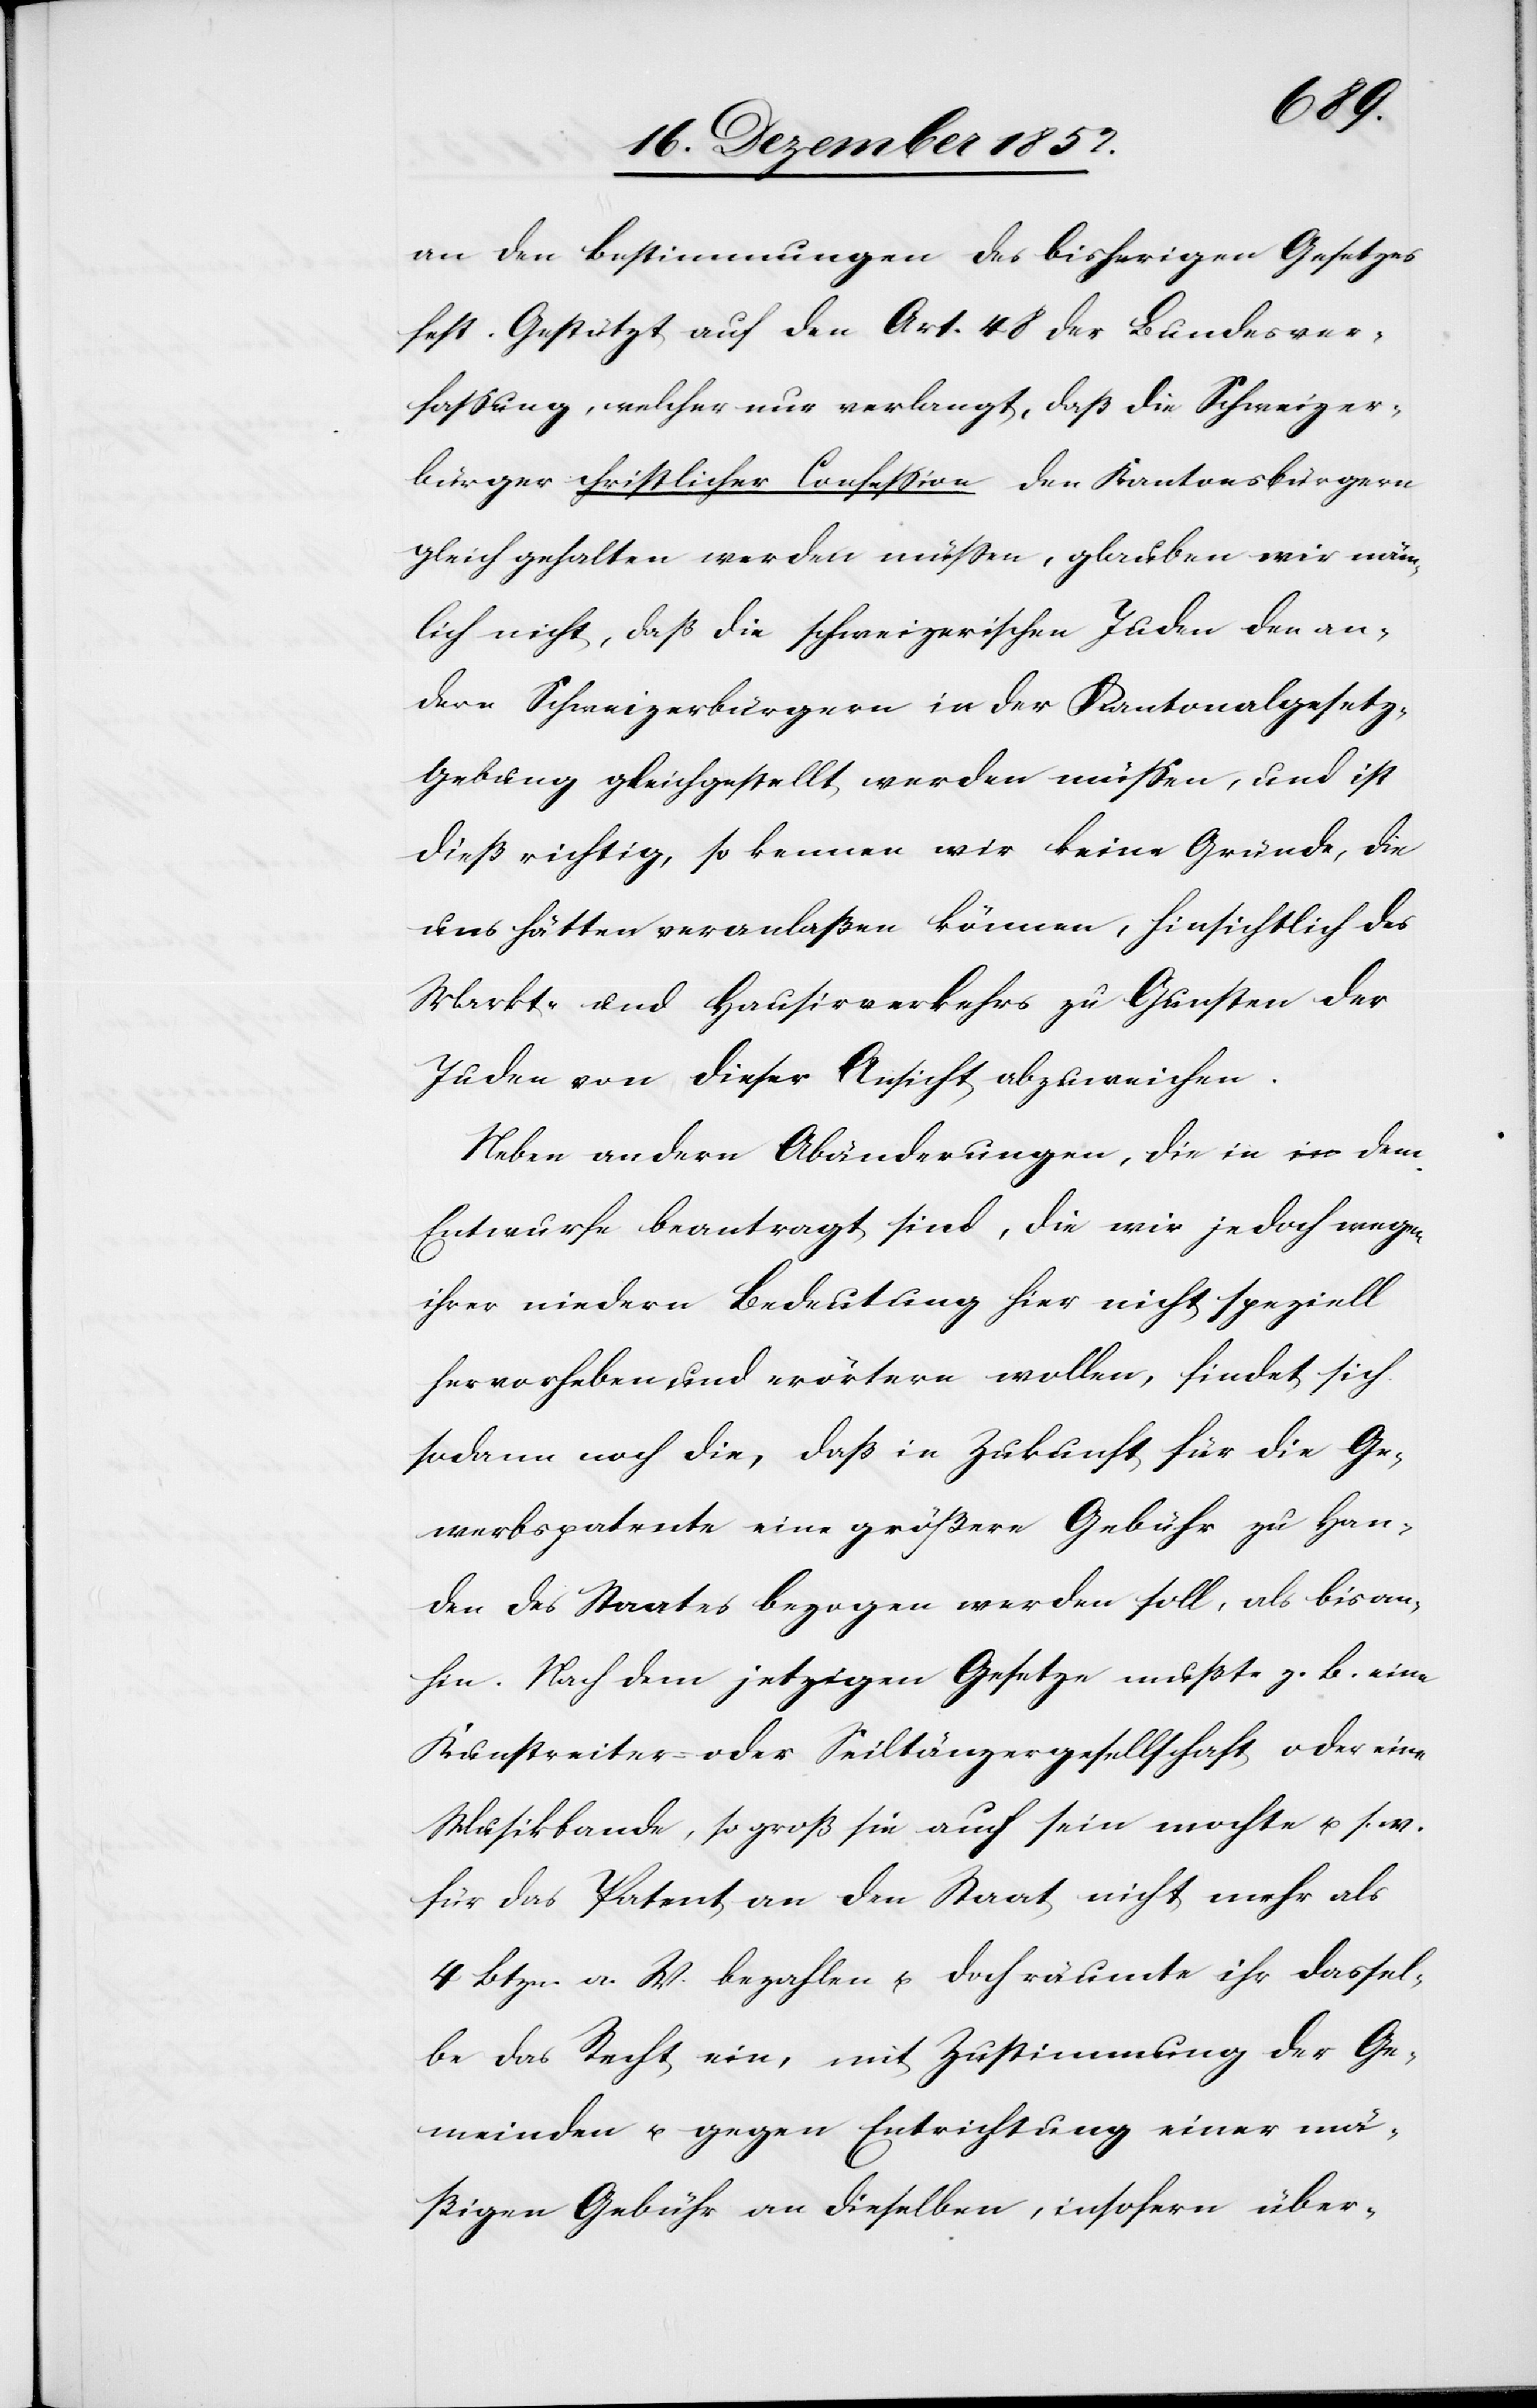
an den Bestimmungen des bisherigen Gesetzes
fest. Gestützt auf den Art. 48 der Bundesver¬
fassung, welcher nur verlangt, daß die Schweizer¬
bürger christlicher Confession den Kantonsbürgern
gleich gehalten werden müssen, glauben wir näm¬
lich nicht, daß die schweizerischen Juden den an¬
dern Schweizerbürgern in der Kantonalgesetz-G¬
ebung gleichgestellt werden müssen, und ist
dieß richtig, so kennen wir keine Gründe, die
uns hätten veranlaßen können, hinsichtlich des
Markt- und Hausirverkehrs zu Gunsten der
Juden von dieser Ansicht abzuweichen.
Neben andern Abänderungen, die in dem
Entwurfe beantragt sind, die wir jedoch wegen
ihrer niedern Bedeutung hier nicht speziell
hervorheben und erörtern wollen, findet sich
sodann noch die, daß in Zukunft für die Ge¬
werbspatente eine größere Gebühr zu Han¬
den des Staates bezogen werden soll, als bisan¬
hin. Nach dem jetzigen Gesetze mußte z. B. eine
Kunstreiter- oder Seiltänzergesellschaft oder eine
Musikbande, so groß sie auch sein mochte u. s. w.
für das Patent an den Staat nicht mehr als
4 Btzn. a. W. bezahlen u. doch räumte ihr dassel¬
be das Recht ein, mit Zustimmung der Ge¬
meinden u. gegen Entrichtung einer mä¬
ßigen Gebühr an dieselben, insofern über-